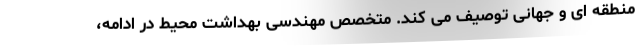
منطقه ای و جهانی توصیف می کند. متخصص مهندسی بهداشت محیط در ادامه،